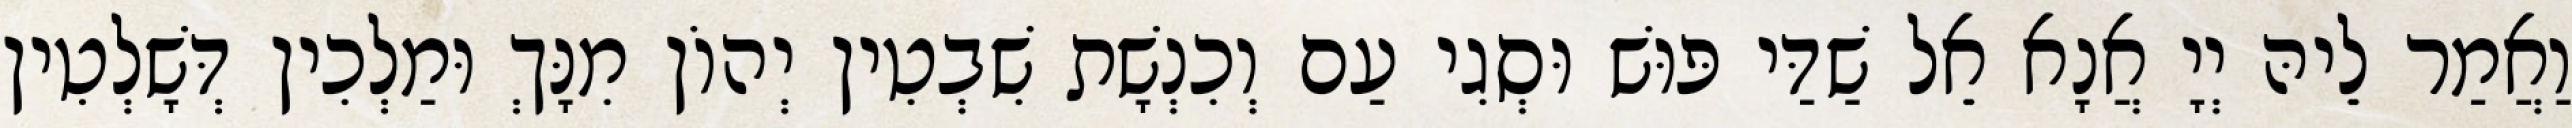
וַאֲמַר לֵיהּ יְיָ אֲנָא אֵל שַׁדַּי פּוּשׁ וּסְגִי עַם וְכִנְשָׁת שִׁבְטִין יְהוֹן מִנָּךְ וּמַלְכִין דְּשָׁלְטִין